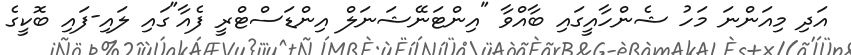
އަދި މިއަންނަ މަހު ޝެންހާއީގައި ބާއްވާ "އިންޓަނޭޝަނަލް އިންޑަސްޓްރީ ފެއާ"ގައި ލައި-ފައި ބޮކީގެ